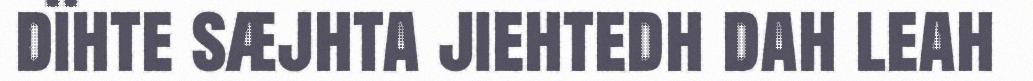
dïhte sæjhta jiehtedh dah leah